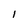
Character: 1